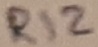
Text: R12